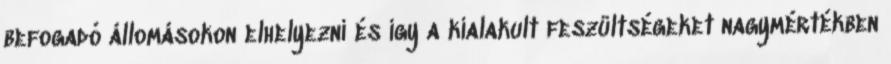
befogadó állomásokon elhelyezni és így a kialakult feszültségeket nagymértékben